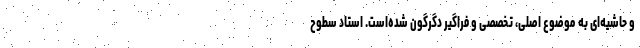
و حاشیه‌ای به موضوع اصلی، تخصصی و فراگیر دگرگون شده‌است. استاد سطوح